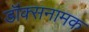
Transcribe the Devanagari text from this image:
डॉक्सनामक